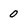
Character: 0